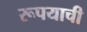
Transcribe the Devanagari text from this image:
रूपयाची